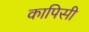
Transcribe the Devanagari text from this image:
कापिसी